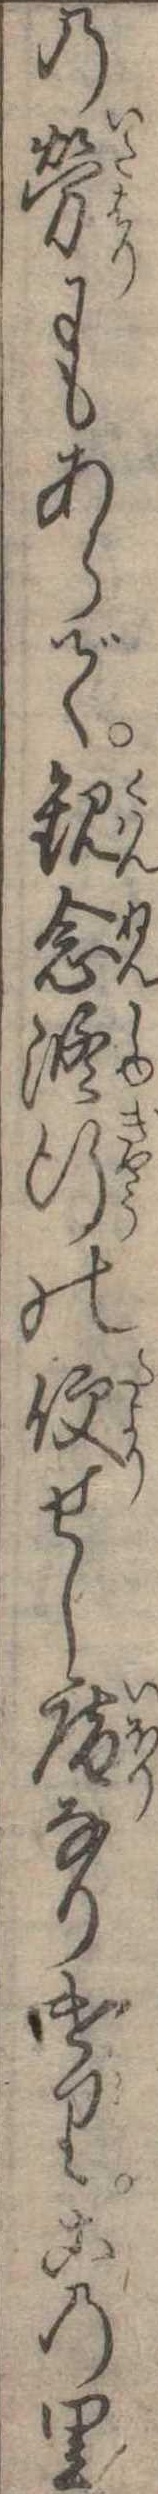
の労にもあらで観念修行の便せし庵なりけりこの里